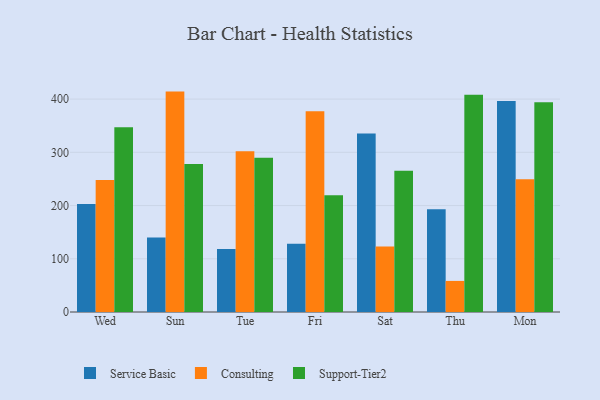
{"axis": {"x": "Day", "y": "Satisfaction Score"}, "legend": ["Consulting", "Service Basic", "Support-Tier2"], "data": [{"x": "Wed", "y": 203.1, "type": "Service Basic"}, {"x": "Wed", "y": 247.9, "type": "Consulting"}, {"x": "Wed", "y": 347.1, "type": "Support-Tier2"}, {"x": "Sun", "y": 140.0, "type": "Service Basic"}, {"x": "Sun", "y": 414.1, "type": "Consulting"}, {"x": "Sun", "y": 278.3, "type": "Support-Tier2"}, {"x": "Tue", "y": 118.2, "type": "Service Basic"}, {"x": "Tue", "y": 301.8, "type": "Consulting"}, {"x": "Tue", "y": 289.9, "type": "Support-Tier2"}, {"x": "Fri", "y": 128.2, "type": "Service Basic"}, {"x": "Fri", "y": 377.4, "type": "Consulting"}, {"x": "Fri", "y": 219.3, "type": "Support-Tier2"}, {"x": "Sat", "y": 335.3, "type": "Service Basic"}, {"x": "Sat", "y": 123.0, "type": "Consulting"}, {"x": "Sat", "y": 265.6, "type": "Support-Tier2"}, {"x": "Thu", "y": 193.2, "type": "Service Basic"}, {"x": "Thu", "y": 58.4, "type": "Consulting"}, {"x": "Thu", "y": 408.3, "type": "Support-Tier2"}, {"x": "Mon", "y": 396.6, "type": "Service Basic"}, {"x": "Mon", "y": 249.5, "type": "Consulting"}, {"x": "Mon", "y": 394.1, "type": "Support-Tier2"}]}